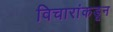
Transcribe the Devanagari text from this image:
विचारांकडून